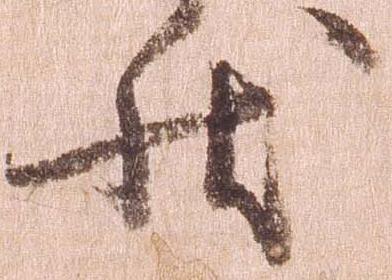
状